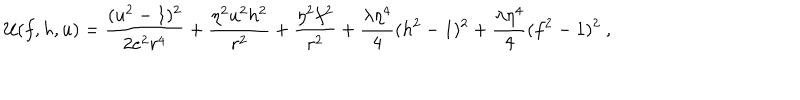
{ \cal U } ( f , h , u ) = \frac { ( u ^ { 2 } - 1 ) ^ { 2 } } { 2 e ^ { 2 } r ^ { 4 } } + \frac { \eta ^ { 2 } u ^ { 2 } h ^ { 2 } } { r ^ { 2 } } + \frac { \eta ^ { 2 } f ^ { 2 } } { r ^ { 2 } } + \frac { \lambda \eta ^ { 4 } } 4 ( h ^ { 2 } - 1 ) ^ { 2 } + \frac { \lambda \eta ^ { 4 } } 4 ( f ^ { 2 } - 1 ) ^ { 2 } \ ,